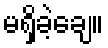
မရှိခဲ့ချေ။